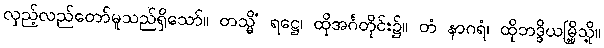
လှည့်လည်တော်မူသည်ရှိသော်။ တသ္မိံ ရဋ္ဌေ၊ ထိုအင်္ဂတိုင်း၌။ တံ နာဂရံ၊ ထိုဘဒ္ဒိယမြို့သို့။